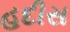
હદીસ